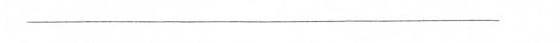
——————